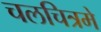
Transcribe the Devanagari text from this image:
चलचित्रमे